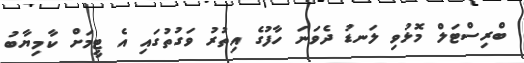
ބްރިސްޓަލް މޮޅުވި ލަނޑު ދެވަނަ ހާފުގެ އިތުރު ވަގުތުގައި އެ ޓީމަށް ކާމިޔާބު